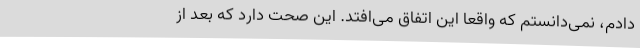
دادم، نمی‌دانستم که واقعا این اتفاق می‌افتد. این صحت دارد که بعد از